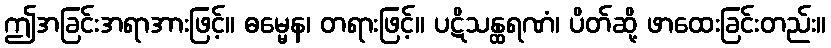
ဤအခြင်းအရာအားဖြင့်။ ဓမ္မေန၊ တရားဖြင့်။ ပဋိသန္ထရဏံ၊ ပိတ်ဆို့ ဖာထေးခြင်းတည်း။